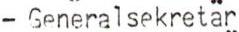
- Generalsekretär